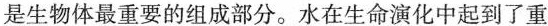
是生物体最重要的组成部分。水在生命演化中起到了重